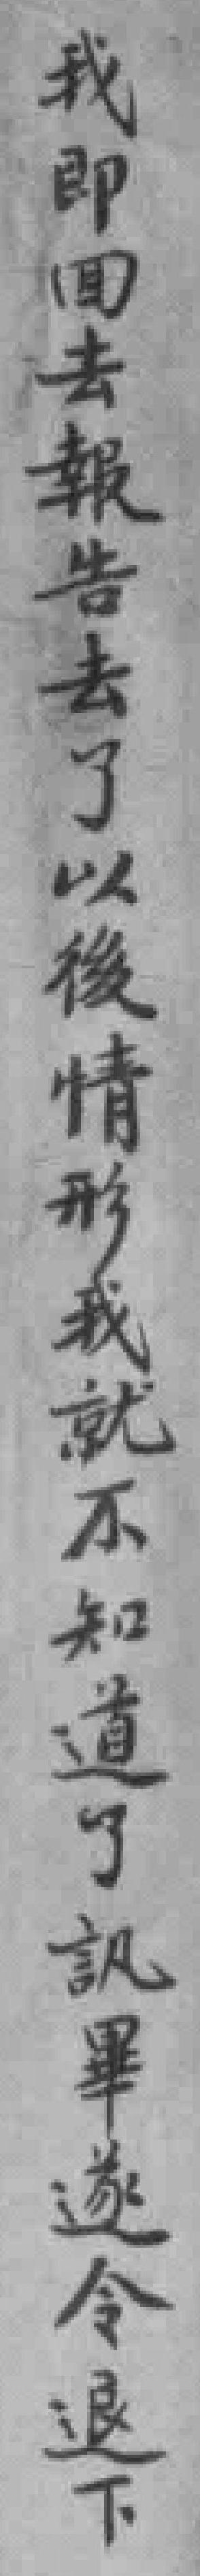
我即回去報告去了以後情形我就不知道了訊畢遂令退下